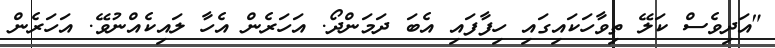
"އަދިވެސް ކަލޭ ތިވާހަކައިގައި ހިފާފައި އެބަ ދަމަންދޯ. އަހަރެން އެހާ ލައިކެއްނުވޭ. އަހަރެން